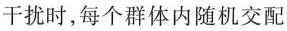
干扰时，每个群体内随机交配